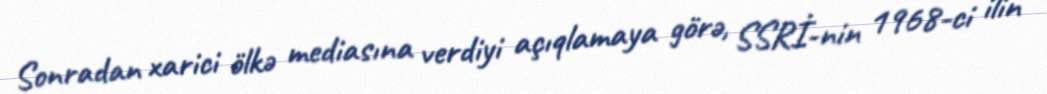
Sonradan xarici ölkə mediasına verdiyi açıqlamaya görə, SSRİ-nin 1968-ci ilin